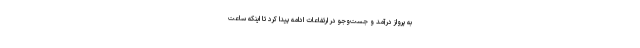
به پرواز درآمد و جست‌وجو در ارتفاعات ادامه پیدا کرد تا اینکه ساعت